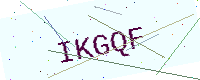
Text: IKGQF